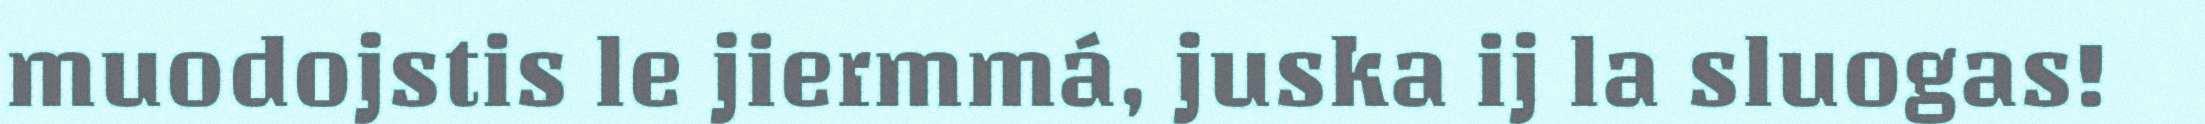
muodojstis le jiermmá, juska ij la sluogas!